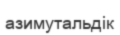
азимутальдік